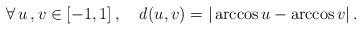
LaTeX: \begin{align*}\forall\,u\,,v\in[-1,1]\,,\quad\mathit d(u,v)=|\arccos u - \arccos v|\,.\end{align*}